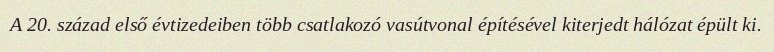
A 20. század első évtizedeiben több csatlakozó vasútvonal építésével kiterjedt hálózat épült ki.